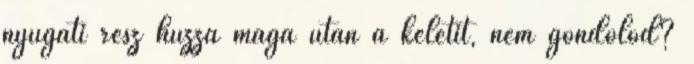
nyugati rész húzza maga után a keletit, nem gondolod?